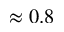
\approx 0 . 8